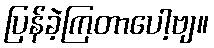
ပြန်ခဲ့ကြတာပေါ့ဗျ။